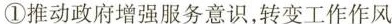
①推动政府增强服务意识，转变工作作风